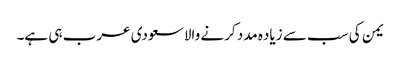
یمن کی سب سے زیاده مدد کرنے والا سعودی عرب ہی ہے۔